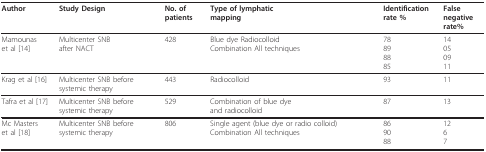
<table><thead><tr><td><b>Author</b></td><td><b>Study Design</b></td><td><b>No. of patients</b></td><td><b>Type of lymphatic mapping</b></td><td><b>Identification rate %</b></td><td><b>False negative rate%</b></td></tr></thead><tbody><tr><td>Mamounas et al [14]</td><td>Multicenter SNB after NACT</td><td>428</td><td>Blue dye Radiocolloid Combination All techniques</td><td>78898885</td><td>14050911</td></tr><tr><td>Krag et al [16]</td><td>Multicenter SNB before systemic therapy</td><td>443</td><td>Radiocolloid</td><td>93</td><td>11</td></tr><tr><td>Tafra et al [17]</td><td>Multicenter SNB before systemic therapy</td><td>529</td><td>Combination of blue dye and radiocolloid</td><td>87</td><td>13</td></tr><tr><td>Mc Masters et al [18]</td><td>Multicenter SNB before systemic therapy</td><td>806</td><td>Single agent (blue dye or radio colloid) Combination All techniques</td><td>869088</td><td>1267</td></tr></tbody></table>